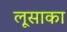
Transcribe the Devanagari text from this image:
लूसाका